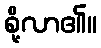
စို့လာ၏။